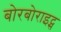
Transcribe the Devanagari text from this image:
बोरबोराइट्स